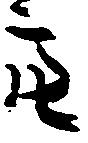
亮